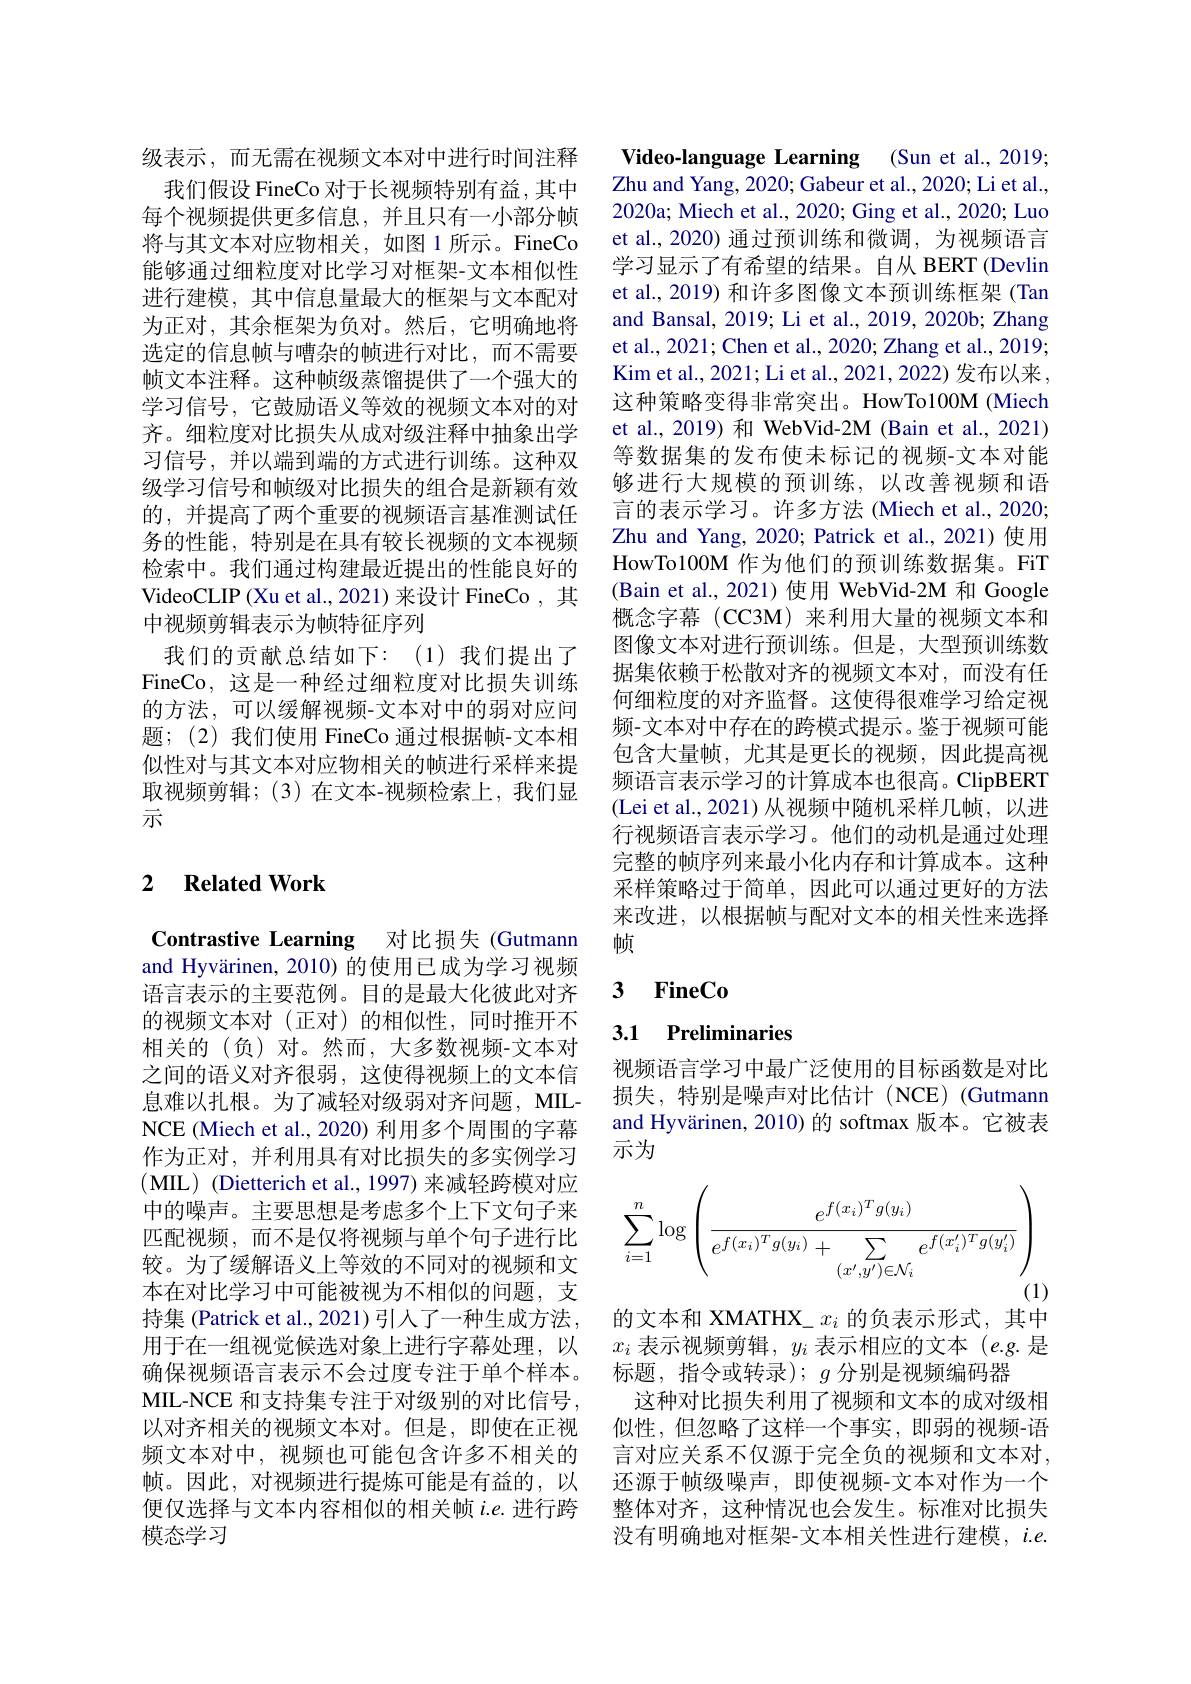
级表示，而无需在视频文本对中进行时间注释
我们假设 FineCo 对于长视频特别有益，其中每个视频提供更多信息，并且只有一小部分帧将与其文本对应物相关，如图 1 所示。FineCo 能够通过细粒度对比学习对框架-文本相似性进行建模，其中信息量最大的框架与文本配对为正对，其余框架为负对。然后，它明确地将选定的信息帧与嘈杂的帧进行对比，而不需要帧文本注释。这种帧级蒸馏提供了一个强大的学习信号，它鼓励语义等效的视频文本对的对齐。细粒度对比损失从成对级注释中抽象出学习信号，并以端到端的方式进行训练。这种双级学习信号和帧级对比损失的组合是新颖有效的，并提高了两个重要的视频语言基准测试任务的性能，特别是在具有较长视频的文本视频检索中。我们通过构建最近提出的性能良好的VideoCLIP (Xu et al., 2021) 来设计 FineCo , 其中视频剪辑表示为帧特征序列
我们的贡献总结如下：(1)我们提出了FineCo, 这是一种经过细粒度对比损失训练的方法，可以缓解视频-文本对中的弱对应问题；(2)我们使用 FineCo 通过根据帧-文本相似性对与其文本对应物相关的帧进行采样来提取视频剪辑；(3)在文本-视频检索上，我们显示

### 2 $\textbf{Related Work}$

Contrastive Learning 对比损失(Gutmann and Hyvärinen, 2010) 的使用已成为学习视频语言表示的主要范例。目的是最大化彼此对齐的视频文本对(正对)的相似性，同时推开不相关的(负)对。然而，大多数视频-文本对之间的语义对齐很弱，这使得视频上的文本信息难以扎根。为了减轻对级弱对齐问题，MILNCE (Miech et al., 2020) 利用多个周围的字幕作为正对，并利用具有对比损失的多实例学习(MIL) (Dietterich et al., 1997) 来减轻跨模对应中的噪声。主要思想是考虑多个上下文句子来匹配视频，而不是仅将视频与单个句子进行比较。为了缓解语义上等效的不同对的视频和文本在对比学习中可能被视为不相似的问题，支持集 (Patrick et al., 2021) 引人了一种生成方法， 用于在一组视觉候选对象上进行字幕处理，以确保视频语言表示不会过度专注于单个样本。MIL-NCE 和支持集专注于对级别的对比信号， 以对齐相关的视频文本对。但是，即使在正视频文本对中，视频也可能包含许多不相关的帧。因此，对视频进行提炼可能是有益的，以便仅选择与文本内容相似的相关帧$i.e.$进行跨模态学习

Video-language Learning (Sun et al., 2019; Zhu and Yang, 2020; Gabeur et al., 2020; Li et al., 2020a; Miech et al., 2020; Ging et al., 2020; Luo et al., 2020) 通过预训练和微调，为视频语言学习显示了有希望的结果。自从 BERT (Devlin et al., 2019) 和许多图像文本预训练框架 (Tan and Bansal, 2019; Li et al., 2019, 2020b; Zhang et al., 2021; Chen et al., 2020; Zhang et al., 2019; Kim et al., 2021; Li et al., 2021, 2022) 发布以来， 这种策略变得非常突出。HowTo100M (Miech et al., 2019) 和 WebVid-2M (Bain et al., 2021) 等数据集的发布使未标记的视频-文本对能够进行大规模的预训练，以改善视频和语言的表示学习。许多方法 (Miech et al., 2020; Zhu and Yang, 2020; Patrick et al.,2021)使用HowTo100M 作为他们的预训练数据集。FiT (Bain et al.,2021)使用 WebVid-2M 和 Google 概念字幕 (CC3M)来利用大量的视频文本和图像文本对进行预训练。但是，大型预训练数据集依赖于松散对齐的视频文本对，而没有任何细粒度的对齐监督。这使得很难学习给定视频-文本对中存在的跨模式提示。鉴于视频可能包含大量帧，尤其是更长的视频，因此提高视频语言表示学习的计算成本也很高。ClipBERT (Lei et al., 2021) 从视频中随机采样几帧，以进行视频语言表示学习。他们的动机是通过处理完整的帧序列来最小化内存和计算成本。这种采样策略过于简单，因此可以通过更好的方法来改进，以根据帧与配对文本的相关性来选择帧

## 3 FineCo

3.1 Preliminaries

视频语言学习中最广泛使用的目标函数是对比损失，特别是噪声对比估计(NCE)(Gutmann and Hyvärinen, 2010) 的 softmax 版本。它被表示为
$$\sum_{i=1}^n\log\left(\frac{e^{f(x_i)^Tg(y_i)}}{e^{f(x_i)^Tg(y_i)}+\sum_{(x^{\prime},y^{\prime})\in\mathcal{N}_i}e^{f(x_i^{\prime})^Tg(y_i^{\prime})}}\right)$$
的文本和 XMATHX\_$x_i$的负表示形式，其中$x_i$表示视频剪辑，$y_i$表示相应的文本(e.g.是标题，指令或转录); $g$分别是视频编码器
这种对比损失利用了视频和文本的成对级相似性，但忽略了这样一个事实，即弱的视频-语言对应关系不仅源于完全负的视频和文本对， 还源于帧级噪声，即使视频-文本对作为一个整体对齐，这种情况也会发生。标准对比损失没有明确地对框架-文本相关性进行建模，$i.e.$